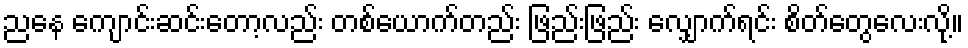
ညနေ ကျောင်းဆင်းတော့လည်း တစ်ယောက်တည်း ဖြည်းဖြည်း လျှောက်ရင်း စိတ်တွေလေးလို့။